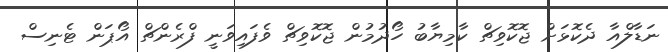
ނަޑާލްއާ ދެކޮޅަށް ޖޮކޮވިޗް ކާމިޔާބު ހޯދުމުން ޖޮކޮވިޗް ވެފައިވަނީ ފްރެންޗް އޯޕަން ޓެނިސް